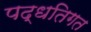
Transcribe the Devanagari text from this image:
पद्धतिगत